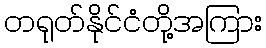
တရုတ်နိုင်ငံတို့အကြား